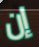
إن